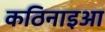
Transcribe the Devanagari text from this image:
कठिनाइआ